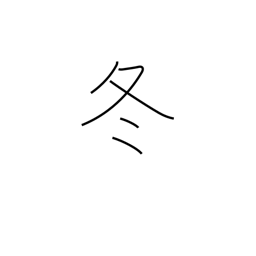
Meaning: winter